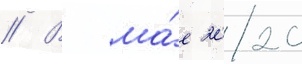
// В ма́е 2020